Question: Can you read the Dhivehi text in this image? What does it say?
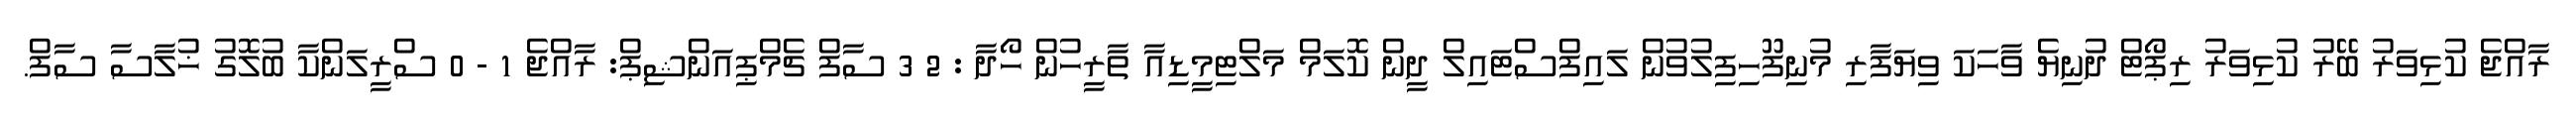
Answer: ރާއްޖެ ކުޅިވަރު ބޭރު ކުޅިވަރު ރިޕޯޓް ދުނިޔެ ވާހަކަ ވިޔަފާރި މުނިފޫހިފިލުވުން ލައިފްސްޓައިލް ދީން ކޮލަމް މަލްޓިމީޑިއާ ތާރީހުން ހޯދާ : 2 3 ސާފް ޗެމްޕިއަންޝިޕް: ރާއްޖެ 1 - 0 ސްރީލަންކާ ބުލޮގު ޚުލާސާ ސާފް.